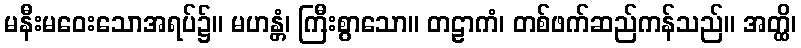
မနီးမဝေးသောအရပ်၌။ မဟန္တံ၊ ကြီးစွာသော။ တဠာကံ၊ တစ်ဖက်ဆည်ကန်သည်။ အတ္ထိ၊